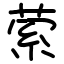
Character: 萦